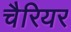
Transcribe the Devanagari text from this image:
चैरियर